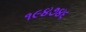
૧૯૪૭૪૬